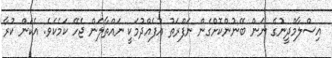
އިސްލާމްދީނުގެ ނަން ބޭނުންކޮށްގެން ނަފްރަތު އުފެއްދުމަކީ ނައްތާލަން ޖެހޭ ކަމެކެވެ. އެކަން ކުރާ